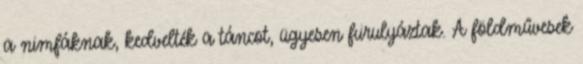
a nimfáknak, kedvelték a táncot, ügyesen furulyáztak. A földművesek